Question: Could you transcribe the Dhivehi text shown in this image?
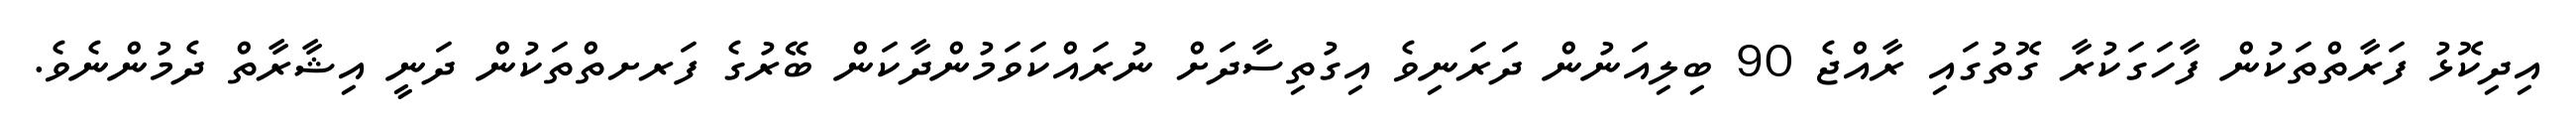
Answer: އިދިކޮޅު ފަރާތްތަކުން ފާހަގަކުރާ ގޮތުގައި ރާއްޖެ 90 ބިލިއަނުން ދަރަނިވެ އިގުތިސާދަށް ނުރައްކަވަމުންދާކަން ބޭރުގެ ފަރށތްތަކުން ދަނީ އިޝާރާތް ދެމުންނެވެ.